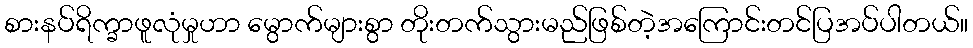
စားနပ်ရိက္ခာဖူလုံမှုဟာ မွောက်များစွာ တိုးတက်သွားမည်ဖြစ်တဲ့အကြောင်းတင်ပြအပ်ပါတယ်။